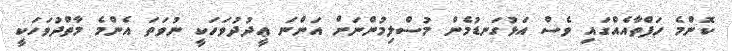
ކޮންމެ ހަފްތާއެއްގައި ވެސް އަޅުގަނޑުމެން މުސްލިމުންނަށް އަންނަ ޢީދުދުވަހަކީ ނުވަތަ އެންމެ މާތްދުވަހަކީ